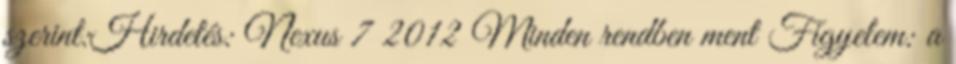
szerint:Hirdetés: Nexus 7 2012 Minden rendben ment Figyelem: a